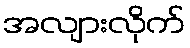
အလျားလိုက်